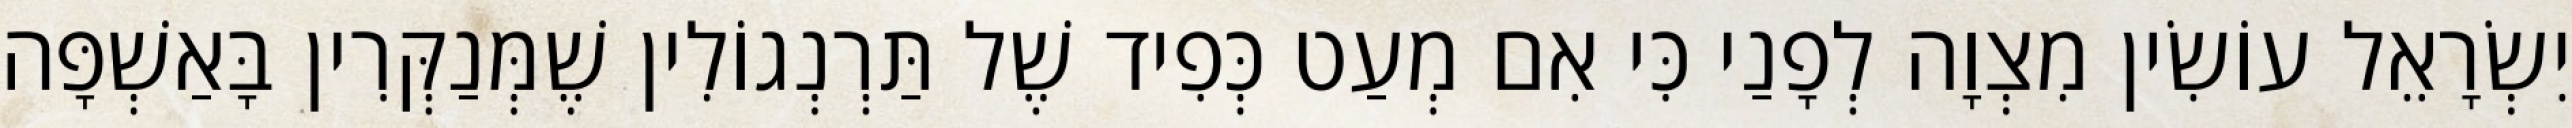
יִשְׂרָאֵל עוֹשִׂין מִצְוָה לְפָנַי כִּי אִם מְעַט כְּפִיד שֶׁל תַּרְנְגוֹלִין שֶׁמְּנַקְּרִין בָּאַשְׁפָּה